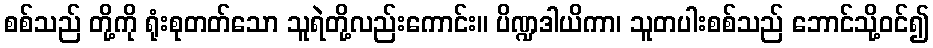
စစ်သည် တို့ကို ရုံးစုတတ်သော သူရဲတို့လည်းကောင်း။ ပိဏ္ဍဒါယိကာ၊ သူတပါးစစ်သည် ဘောင်သို့ဝင်၍